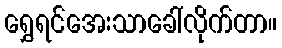
ရွှေရင်အေးသာခေါ်လိုက်တာ။